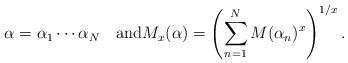
LaTeX: \begin{align*} \alpha = \alpha_1\cdots\alpha_N\quad\mathrm{and}M_x(\alpha) = \left( \sum_{n=1}^N M(\alpha_n)^x\right)^{1/x}.\end{align*}